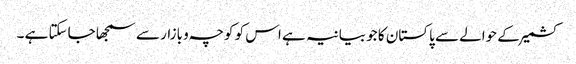
کشمیر کے حوالے سے پاکستان کا جو بیانیہ ہے اس کو کوچہ و بازار سے سمجھا جاسکتا ہے ۔